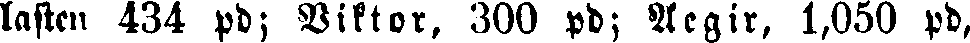
lasten 434 pd; Viktor, 300 pd; Aegir, 1,050 pd,